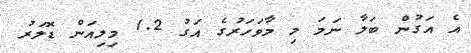
އެ އަގުން ބަލާ ނަމަ މި މާވަހަރުގެ އަގު 1.2 މިލިއަން ޑޮލަރު